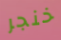
خنجر